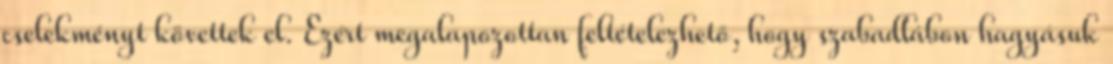
cselekményt követtek el. Ezért megalapozottan feltételezhető, hogy szabadlábon hagyásuk